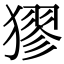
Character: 㺒